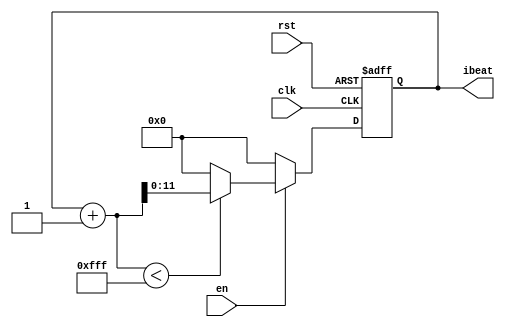
module music_control (
	input clk, 
	input en,
	input rst,
	output reg [11:0] ibeat
);
	parameter LEN = 4095;
    reg [11:0] next_ibeat;
    reg [3:0] next_cnt;
	always @(posedge clk, posedge rst) begin
		if (rst)
			ibeat <= 0;
		else
            ibeat <= next_ibeat;
	end
	always @* begin
        if(en) begin
            if(ibeat + 1 < LEN)
                next_ibeat = ibeat + 1;
            else
                next_ibeat = 0;
        end else
            next_ibeat = 0;
    end

endmodule